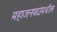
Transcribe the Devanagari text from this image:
महाजनपदांमधील